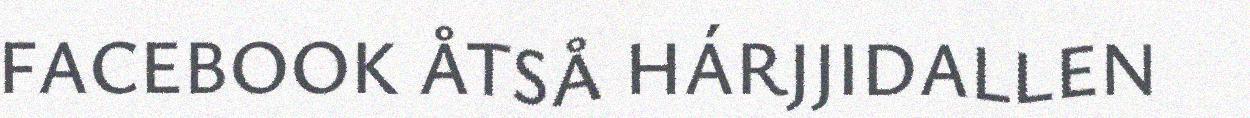
FACEBOOK ÅTSÅ HÁRJJIDALLEN